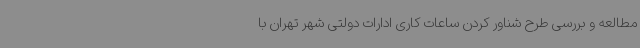
مطالعه و بررسی طرح شناور کردن ساعات کاری ادارات دولتی شهر تهران با